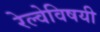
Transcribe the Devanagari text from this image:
रेल्वेविषयी